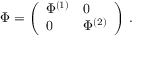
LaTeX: \Phi = \left( \begin{array} { l l } { { \Phi ^ { ( 1 ) } } } & { { 0 } } \\ { { 0 } } & { { \Phi ^ { ( 2 ) } } } \end{array} \right) \, .